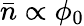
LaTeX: \bar{n}\propto\phi_{0}